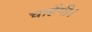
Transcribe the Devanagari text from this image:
चाहेंगी।